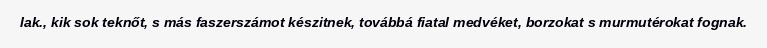
lak., kik sok teknőt, s más faszerszámot készitnek, továbbá fiatal medvéket, borzokat s murmutérokat fognak.